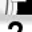
Digit: 7